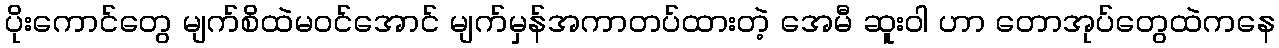
ပိုးကောင်တွေ မျက်စိထဲမဝင်အောင် မျက်မှန်အကာတပ်ထားတဲ့ အေမီ ဆူးဝါ ဟာ တောအုပ်တွေထဲကနေ